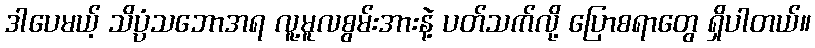
ဒါပေမယ့် သိပ္ပံသဘောအရ လူ့မူလစွမ်းအားနဲ့ ပတ်သက်လို့ ပြောစရာတွေ ရှိပါတယ်။